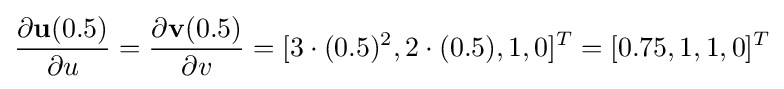
{\frac {\partial \mathbf {u} (0.5)}{\partial u}}={\frac {\partial \mathbf {v} (0.5)}{\partial v}}=[3\cdot (0.5)^{2},2\cdot (0.5),1,0]^{T}=[0.75,1,1,0]^{T}